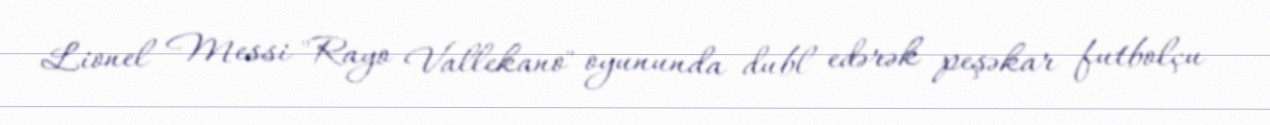
Lionel Messi "Rayo Vallekano" oyununda dubl edərək peşəkar futbolçu